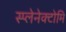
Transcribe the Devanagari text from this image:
स्प्लेनेक्टोमि